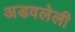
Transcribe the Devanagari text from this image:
अडवलेली